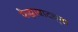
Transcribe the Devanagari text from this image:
फैझाबादच्या